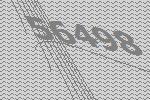
56498